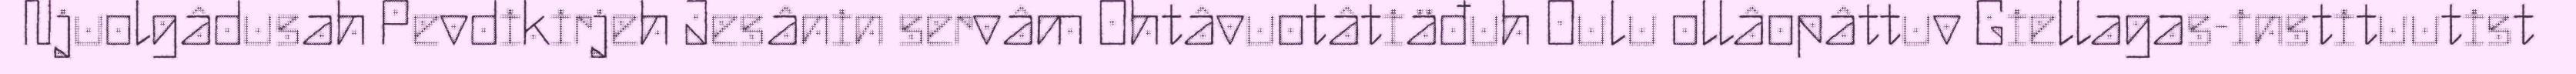
Njuolgâdusah Pevdikirjeh Jesânin servâm Ohtâvuotâtiäđuh Oulu ollâopâttuv Giellagas-instituutist